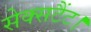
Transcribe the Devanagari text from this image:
सेक्सटैंट।